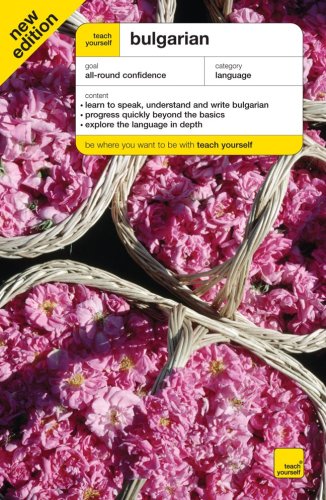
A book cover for Teach Yourself Bulgarian Complete Course, Third Edition (TY: Complete Courses); Michael Holman; Travel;